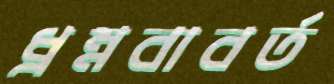
ধ্রম্নবাবর্ত